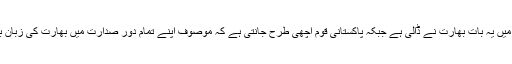
کرزئی کے منہ میں یہ بات بھارت نے ڈالی ہے جبکہ پاکستانی قوم اچھی طرح جانتی ہے کہ موصوف اپنے تمام دور صدارت میں بھارت کی زبان بولتے رہے ہیں ۔